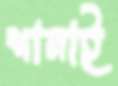
শানাই